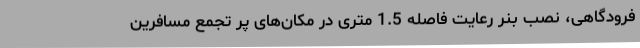
فرودگاهی، نصب بنر رعایت فاصله 1.5 متری در مکان‌های پر تجمع مسافرین